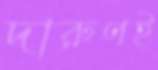
দারুণই